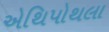
એથિપોથલા